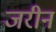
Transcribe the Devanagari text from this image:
जरीन